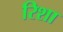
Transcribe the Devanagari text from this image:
रिशा